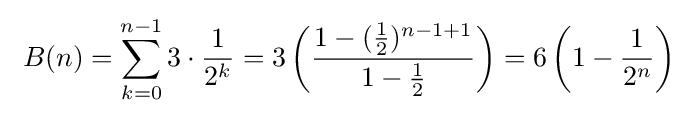
\ B(n)=\sum _{k=0}^{n-1}3\cdot {\frac {1}{2^{k}}}=3\left({\frac {1-({\tfrac {1}{2}})^{n-1+1}}{1-{\tfrac {1}{2}}}}\right)=6\left(1-{\frac {1}{2^{n}}}\right)